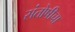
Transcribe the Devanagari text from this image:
संतोषीचा